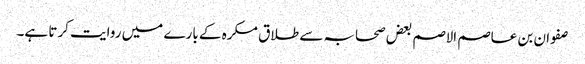
صفوان بن عاصم الاصم بعض صحابہ سے طلاق مکرہ کے بارے میں روایت کرتا ہے۔